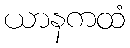
ယာနကထံ